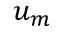
u _ { m }